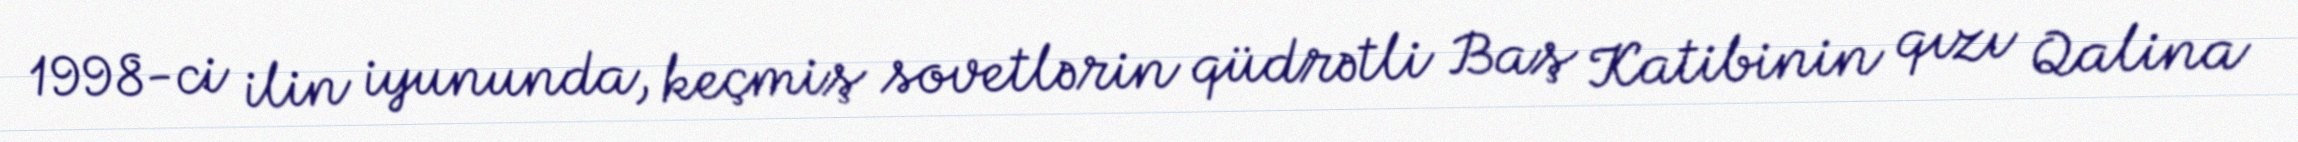
1998-ci ilin iyununda, keçmiş sovetlərin qüdrətli Baş Katibinin qızı Qalina